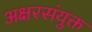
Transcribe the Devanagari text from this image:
अक्षरसंयुक्त